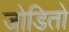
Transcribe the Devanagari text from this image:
जोडितो